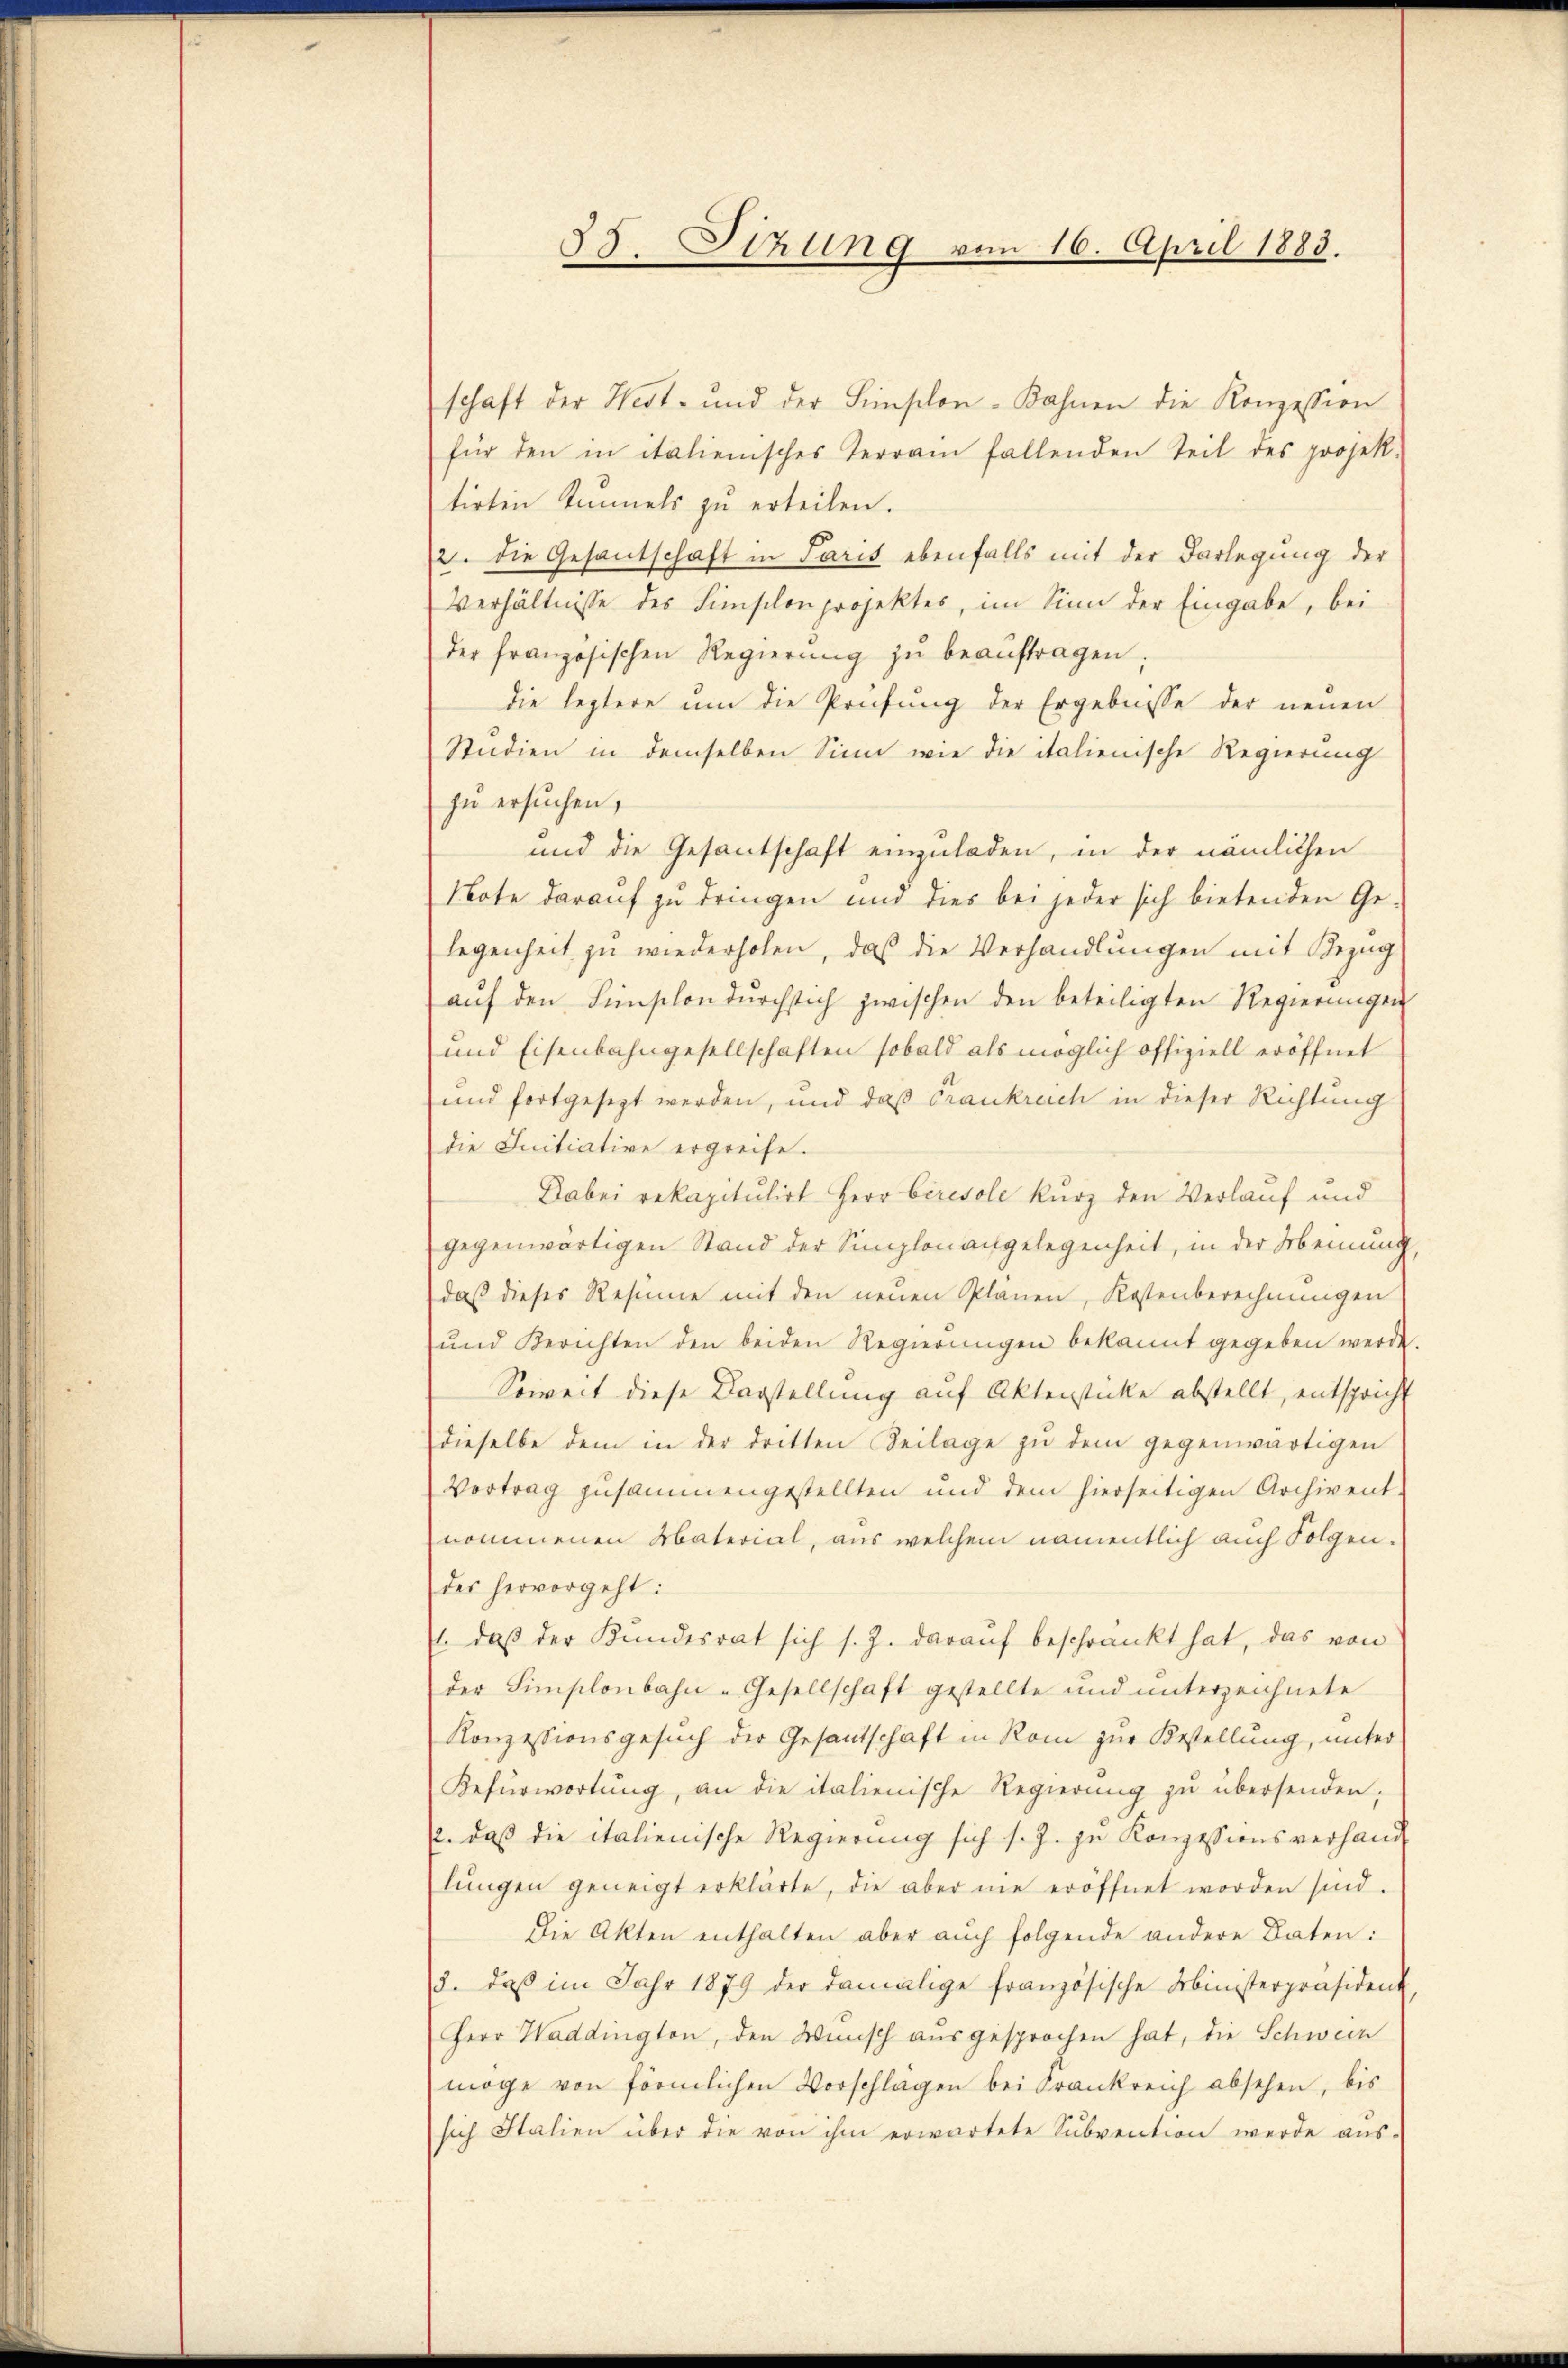
53. Sitzung vom 16. April 1883.

schaft der West- und der Fischon Kahnen die Konzession
für den in italienisches Terrain fallenden Teil des projek-
tirten Tunnels zu erteilen.
2. die Gesantschaft in Paris ebenfalls mit der Darlegung der
Verhältnisse des Hinschenprojektes, im Sinn der Eingabe, bei
der französischen Regierŭng zŭ beaŭftragen;
die leztere um die Prüfung der Ergebnisse der neuen
Studien in demselben Sinn wie die italienische Regierung
zu ersuchen,
und die Gesantschaft einzuladen, in der nämlichen
Note darauf zu dringen und dies bei jeder sich bietenden Ge-
legenheit zu wiederholen, daß die Verhandlungen mit Bezug
aŭf den Fischon dŭrchsich zwischen den beteiligten Regierŭngen
und Eisenbahngesellschaften sobald als möglich offiziell eröffnet
und fortgesezt werden, und daß Frankreich in dieser Richtung
die Initiative ergreife.
Dabei rekapitulirt Herr Ceresole kurz den Verlauf und
gegenwärtigen Stand der Simplon angelegenheit, in der Meinung,
daß dieses Resinne mit den neuen Planen, Kostenberechnungen
ŭnd Berichten den beiden Regierŭngen bekannt gegeben werde.
Soweit diese Darstellung auf Aktensticke abstellt, entspricht
dieselbe dem in der dritten Beilage zu dem gegenwärtigen
Vortrag zusammengestellten und dem hierseitigen Archivent
nommenen Material, aus welchem namentlich auch Folgen.
des hervorgeht:
1. daβ der Kundesrat sich s. Z. daraŭf beschränkt hat, das von
der Simplonbahn-Gesellschaft gestellte und unterzeichnete
Konzessionsgesŭch der Gesantschaft in Rom zŭr Bestellung, unter
Refürwortŭng, an die italienische Regierŭng zŭ übersenden;
2. daβ die italienische Regierŭng sich s. Z. zu Konzessionsverhand
lŭngen geneigt erklärte, die aber nie eröffnet worden sind.
Die Akten enthalten aber auch folgende andere Daten:
3. daβ im Jahr 1879 der damalige französische Ministerpräsident
Herr Haddington, den Wünsch ausgesprochen hat, die Schwein
möge von förmlichen Vorschlägen bei Frankreich absehen, bis
sich Italien über die von ihm erwartete Sŭbvention werde aŭs-